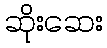
ဆိုးဆေး